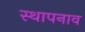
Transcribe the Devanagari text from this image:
स्थापनाव